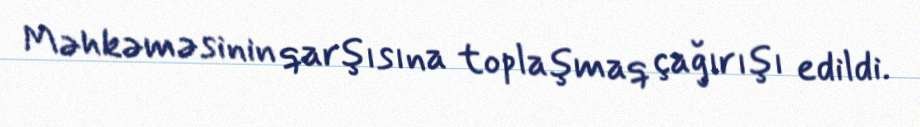
Məhkəməsinin qarşısına toplaşmaq çağırışı edildi.